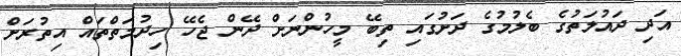
އަދި ދައުލަތުގެ ބެލުމުގެ ދަށުގައި ތިބޭ މީހުންނަށް ދޭން ޖެހޭ ހިދުމަތްތައް އިތުރަށް